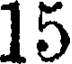
15